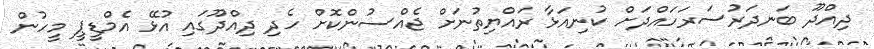
ދިއްދޫ ބަނދަރުސަރަހައްދަށް ކުނިއަޅާ ރައްޔިތުނަށް ޖެއްސުންކޮށް ހެދި ދިއްދޫގައި އުޅޭ އެމްޑީޕީ މީހުން